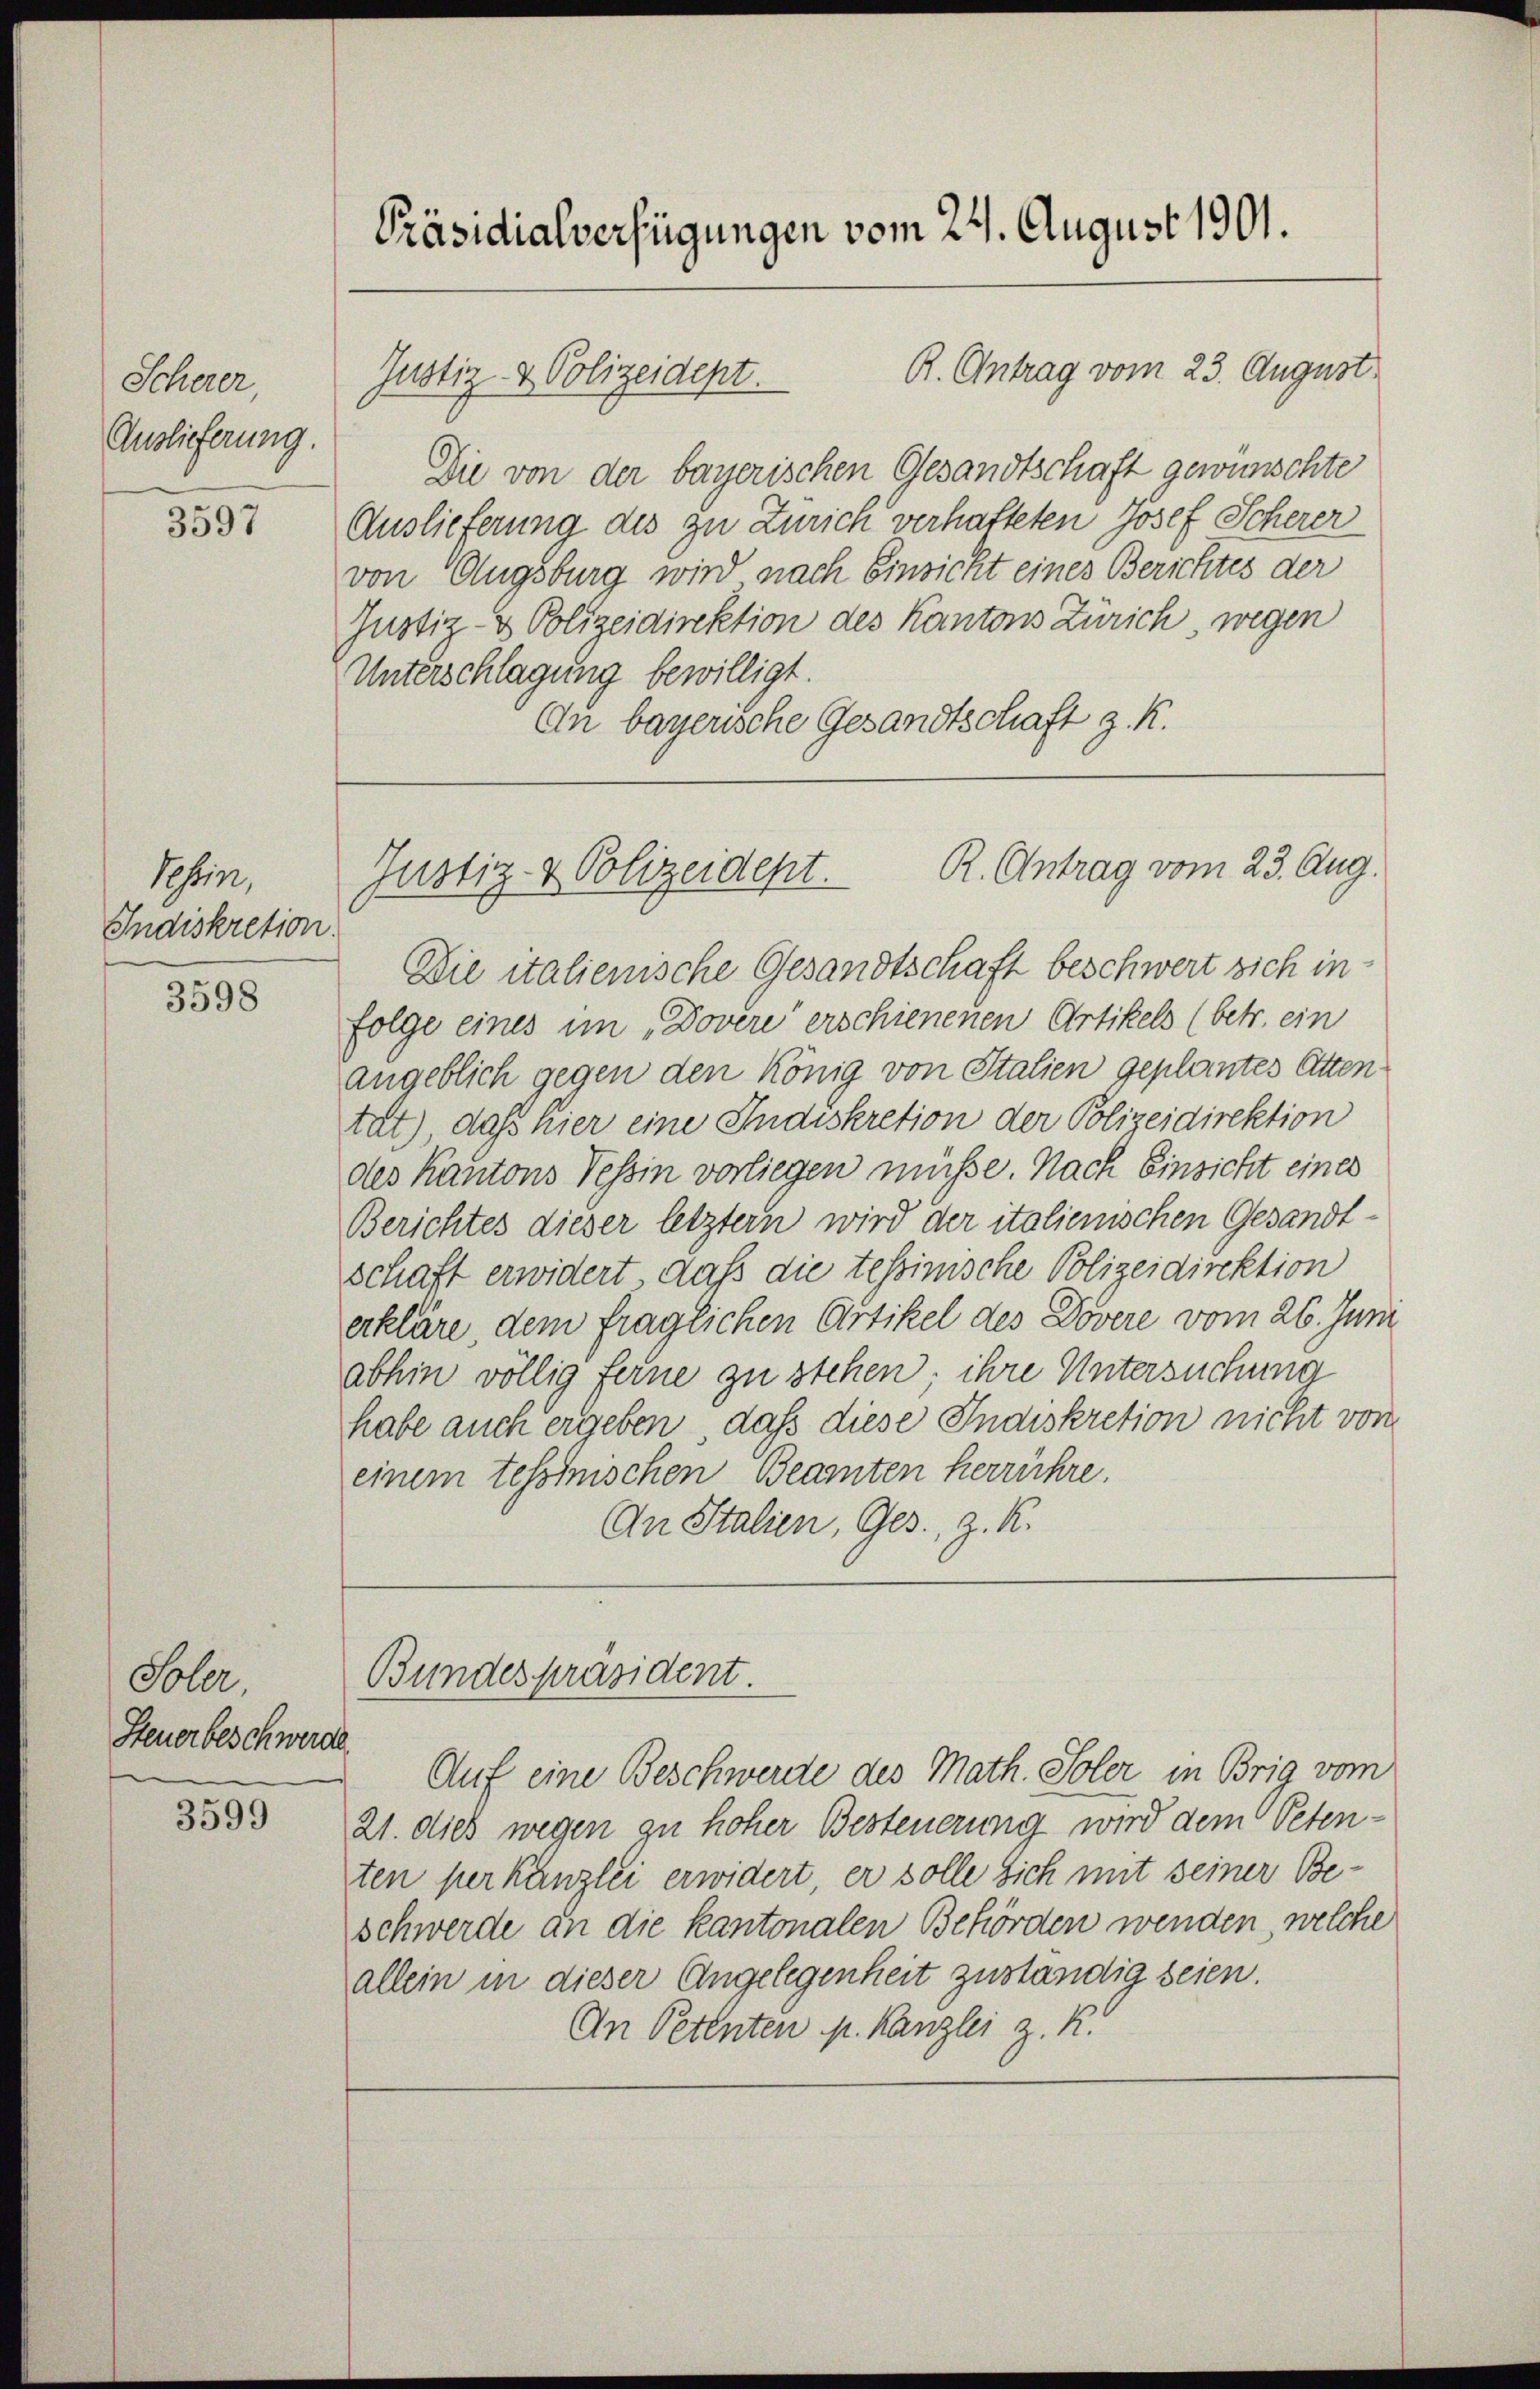
Scherer,
Auslieferung.

3597

Sohin,
Indiskretion.

3598

Sober.
Steuerbeschwerde

3599

Präsidialverfügungen vom 24. August 1901.

Die von der bayerischen Gesandtschaft gewünschte
Auslieferung des zu Zürich verhatteten Josef Scherer
von Augsburg wird nach Einsicht eines Berichtes der
Justiz- & Polizeidirektion des Kantons Zürich, wegen
Unterschlagung bewilligt.
En bayerische Gesandtschaft z. K.

Justiz & Polizeidept.

R. Antrag vom 23. August.

R. Antrag vom 23. Aug.
Justiz- & Polizeidept.

Die italienische Gesandtschaft beschwert sich in
folge eines im „Dovere“ erschienenen Artikels (betr. ein
angeblich gegen den könig von Stalien geplantes Atten
tat.) daß hier eine Indiskretion der Polizeidirektion
des Kantons Tessin vorliegen müsse. Nach Einsicht eines
Berichtes dieser letztern wird der italienischen Gesandt-
schaft erwidert, daß die tessinische Polizeidirektion
erkläre, dem fraglichen Artikel des Dovere vom 26. Juni
abhin völlig ferne zu stehen; ihre Untersuchung
habe auch ergeben, daß diese Indiskretion nicht von
einem tessinischen Beamten herrühre.
An Stalien, Ges., z. K.

Bundespräsident.

Auf eine Beschwerde des Math. Soler in Brig vom
21. dies wegen zu hoher Besteuerung wird dem Petenten per Kanzlei erwidert, er solle sich mit seiner Beschwerde an die kantonalen Behörden wenden, welche
allein in dieser Angelegenheit zuständig seien.
An Petenten p. Kanzlei z. K.